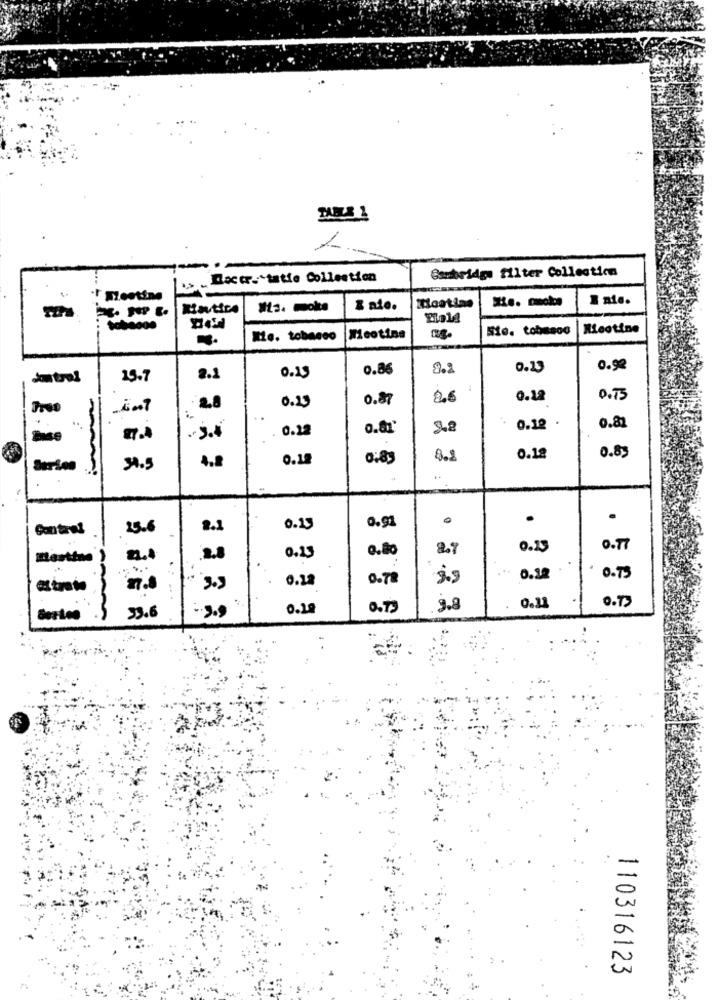
DABLE 1
Doctr. tatie Collection
Ssubridge filter Collection
"I Meeting
I nie.
& nie.
IHoatins
Nicotine
Me. tobacco
Meotins
0.15
0.86
8.2
0.13
0.92
29.7
2.1
0.23
0.87
8.6
0.12
0.73
2.8
..
0.22
0.12
0.82
4.8
0.19
0:83
8.2
0.12
0.89
11
34.5
..
.
.
25.6
2.1
0.13
0.91
0.80
2.7
0.23
0.77
2.0
0.23
0.28
0.78
0.12
0. 79
2.0
O.T>
33.6
0.20
0.79
9.8
0.11
.S
110316123